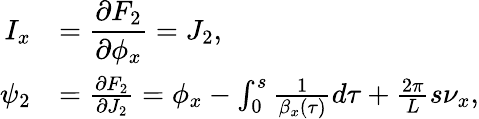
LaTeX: \begin{array}{rl}{\displaystyle I_{x}}&{\displaystyle=\frac{\partial F_{2}}{\partial\phi_{x}}=J_{2},}\\ {\displaystyle\psi_{2}}&{=\frac{\partial F_{2}}{\partial J_{2}}=\phi_{x}-\int_{0}^{s}{\frac{1}{\beta_{x}\left(\tau\right)}d\tau}+\frac{2\pi}{L}s\nu_{x},}\end{array}